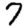
Digit: 7